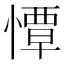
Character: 憛